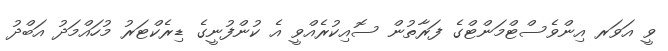
ވީ އަވަރ އިންވެސްޓްމަންޓްގެ ފަރާތުން ސޮއިކުރެއްވީ އެ ކުންފުނީގެ ޑިރެކްޓަރު މުހައްމަދު އަބްދު